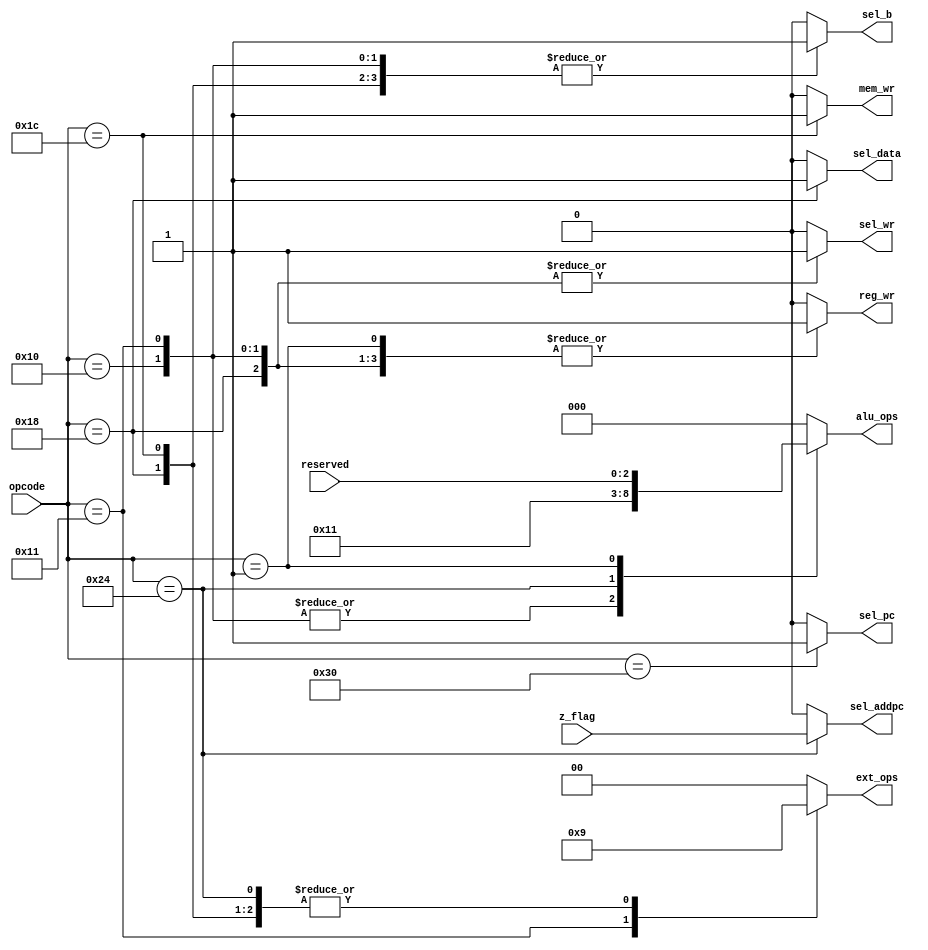
// This program was cloned from: https://github.com/tongplw/HW-Syn-Lab
// License: MIT License

`timescale 1ns / 1ps
//-------------------------------------------------------
// Title        : Control Unit.
// Library      : nanoLADA
// Purpose      : Computer Architecture, Design and Verfication
// Developers   : Krerk Piromsopa, Ph. D.
//              : Chulalongkorn University.

module control(	
	sel_pc,
	sel_addpc,
	sel_wr,
	sel_b,
	sel_data,
	reg_wr,
	mem_wr,
	ext_ops,
	alu_ops,
	opcode,
	z_flag,
	reserved
	);
output reg sel_pc;
output reg sel_addpc;
output reg sel_wr;
output reg sel_b;
output reg sel_data;
output reg reg_wr;
output reg mem_wr;
output reg [1:0] ext_ops;
output reg [2:0] alu_ops;
input [5:0] opcode;
input z_flag;
input [2:0] reserved; 

localparam ORI=6'b010000;
localparam ORUI=6'b010001;
/*Change ADD to RTYPE*/
localparam RTYPE=6'b000001;
localparam LW=6'b011000;
localparam SW=6'b011100;
localparam BEQ=6'b100100;
localparam JMP=6'b110000;

// sel_pc
always @(opcode)
begin
	case (opcode)
		JMP : sel_pc=1;
		default : sel_pc=0;
	endcase
end

// sel_addpc
always @(opcode or z_flag)
begin
	case (opcode)
		BEQ : sel_addpc=z_flag;
		default : sel_addpc=0;
	endcase
end

// sel_wr
always @(opcode)
begin
	case (opcode)
		ORI : sel_wr=1;
		ORUI : sel_wr=1;
		LW : sel_wr=1;
		default : sel_wr=0;
	endcase
end

// sel_b
always @(opcode)
begin
	case (opcode)
		ORI : sel_b=1;
		ORUI : sel_b=1;
		LW : sel_b=1;
		SW : sel_b=1;
		default : sel_b=0;
	endcase
end

// sel_data
always @(opcode)
begin
	case (opcode)
		LW : sel_data=1;
		default : sel_data=0;
	endcase
end

// reg_wr
always @(opcode)
begin
	case (opcode)
		ORI : reg_wr=1;
		ORUI : reg_wr=1;
		RTYPE : reg_wr=1;
		LW : reg_wr=1;
		default : reg_wr=0;
	endcase
end

// mem_wr
always @(opcode)
begin
	case (opcode)
		SW : mem_wr=1;
		default : mem_wr=0;
	endcase
end

// ext_ops
always @(opcode)
begin
	case (opcode)
		ORUI : ext_ops=2'b10;
		LW : ext_ops=2'b01;
		SW : ext_ops=2'b01;
		BEQ : ext_ops=2'b01;
		default : ext_ops=2'b00;
	endcase
end

// alu_ops
//add reserved to always -> must detect change in Reserved bit too in order for R-type to work
always @(opcode && reserved)
begin
	case (opcode)
		ORI : alu_ops=3'b010;
		ORUI : alu_ops=3'b010;
		BEQ : alu_ops=3'b001;
		/*RTYPE sens alu_ops accoring to reserved last three bit*/
		RTYPE : alu_ops= reserved;
		default : alu_ops=3'b000;
	endcase
end

endmodule

//Change ALU ops
// 01 to 010 , 10 to 001